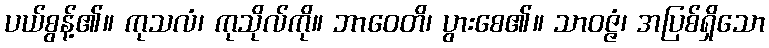
ပယ်စွန့်၏။ ကုသလံ၊ ကုသိုလ်ကို။ ဘာဝေတိ၊ ပွားစေ၏။ သာဝဇ္ဇံ၊ အပြစ်ရှိသော